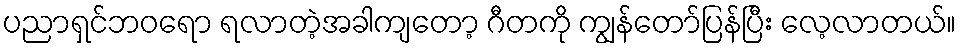
ပညာရှင်ဘဝရော ရလာတဲ့အခါကျတော့ ဂီတကို ကျွန်တော်ပြန်ပြီး လေ့လာတယ်။